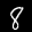
Label: 8